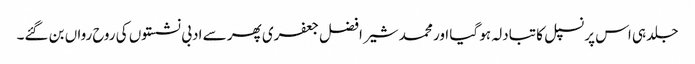
جلد ہی اس پرنسپل کا تبادلہ ہو گیا اور محمد شیر افضل جعفری پھر سے ادبی نشستوں کی روح رواں بن گئے۔